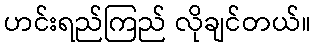
ဟင်းရည်ကြည် လိုချင်တယ်။